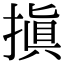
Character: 搷